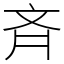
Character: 斉